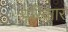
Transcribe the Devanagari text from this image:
परिवाार